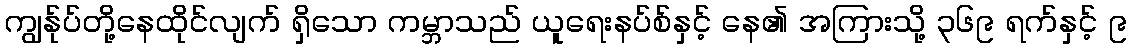
ကျွန်ုပ်တို့နေထိုင်လျက် ရှိသော ကမ္ဘာသည် ယူရေးနပ်စ်နှင့် နေ၏ အကြားသို့ ၃၆၉ ရက်နှင့် ၉